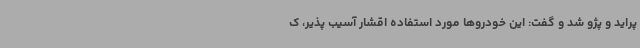
پراید و پژو شد و گفت: این خودروها مورد استفاده اقشار آسیب پذیر، ک